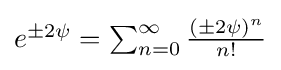
{\textstyle e^{\pm 2\psi }=\sum _{n=0}^{\infty }{\frac {(\pm 2\psi )^{n}}{n!}}}